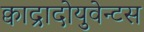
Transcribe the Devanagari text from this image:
क्वाद्रादोयुवेन्टस